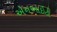
એનઆઇટી